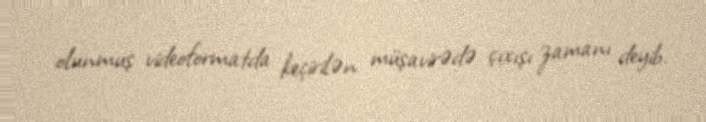
olunmuş videoformatda keçirilən müşavirədə çıxışı zamanı deyib.